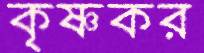
কৃষ্ণকর